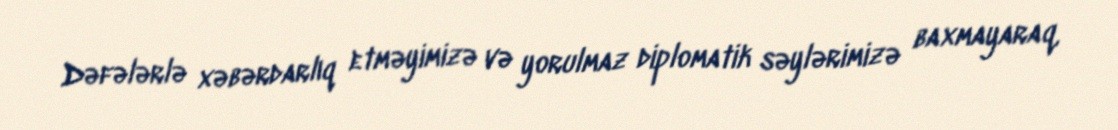
Dəfələrlə xəbərdarlıq etməyimizə və yorulmaz diplomatik səylərimizə baxmayaraq,